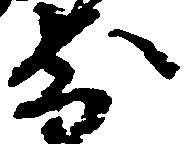
前